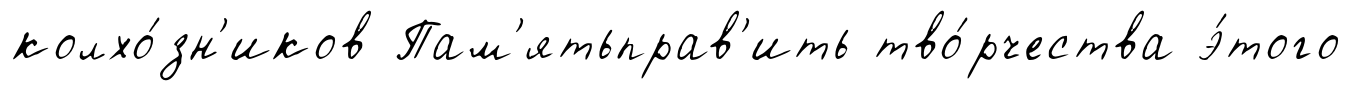
колхо́зн'иков Пам'ятьправ'ить тво́рчества э́того